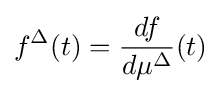
f^{\Delta }(t)={\frac {df}{d\mu ^{\Delta }}}(t)